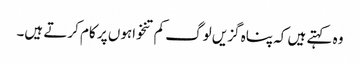
وہ کہتے ہیں کہ پناہ گزیں لوگ کم تنخواہوں پر کام کرتے ہیں۔